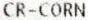
CR-CORN